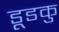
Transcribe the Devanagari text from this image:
डूडकु